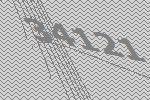
34121